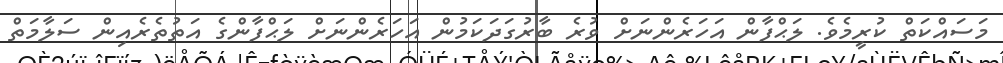
މަސައްކަތް ކުރީމެވެ. ލަޙްފާން އަހަރެންނަށް ވުރެ ބާރުގަދަކަމުން އަހަރެންނަށް ލަޙްފާންގެ އަތުތެރެއިން ސަލާމަތް